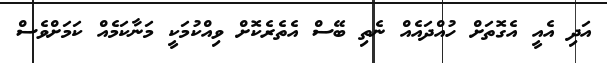
އަދި އެއީ އެގޮތަށް ހުއްދައެއް ނެތި ބޭސް އެތެރެކޮށް ވިއްކުމަކީ މަނާކަމެއް ކަމަށްވެސް